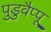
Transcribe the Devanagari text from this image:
पुडुवैप्पू